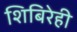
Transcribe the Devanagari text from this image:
शिबिरेही